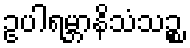
ဥပါရမ္ဘာနိသံသဉ္စ